Civil Veterinary Dept. Bombay admin report 1907-1913 - 1907-1913
Year: 1907
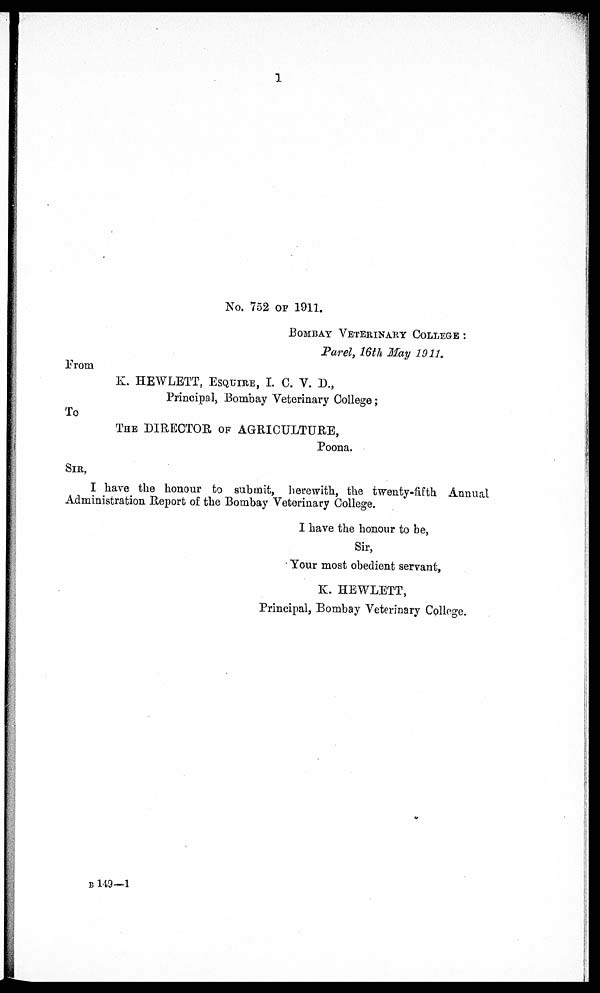
1
No. 752 OF 1911.
BOMBAY VETERINARY COLLEGE :
Parel, 16th May 1911.
From
K. HEWLETT, ESQUIRE, I. C. V. D.,
Principal, Bombay Veterinary College;
To
THE DIRECTOR OF AGRICULTURE,
Poona.
SIR,
I have the honour to submit, herewith, the twenty-fifth Annual
Administration Report of the Bombay Veterinary College.
I have the honour to be,
Sir,
Your most obedient servant,
K. HEWLETT,
Principal, Bombay Veterinary College.
B 149—1